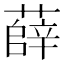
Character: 薛